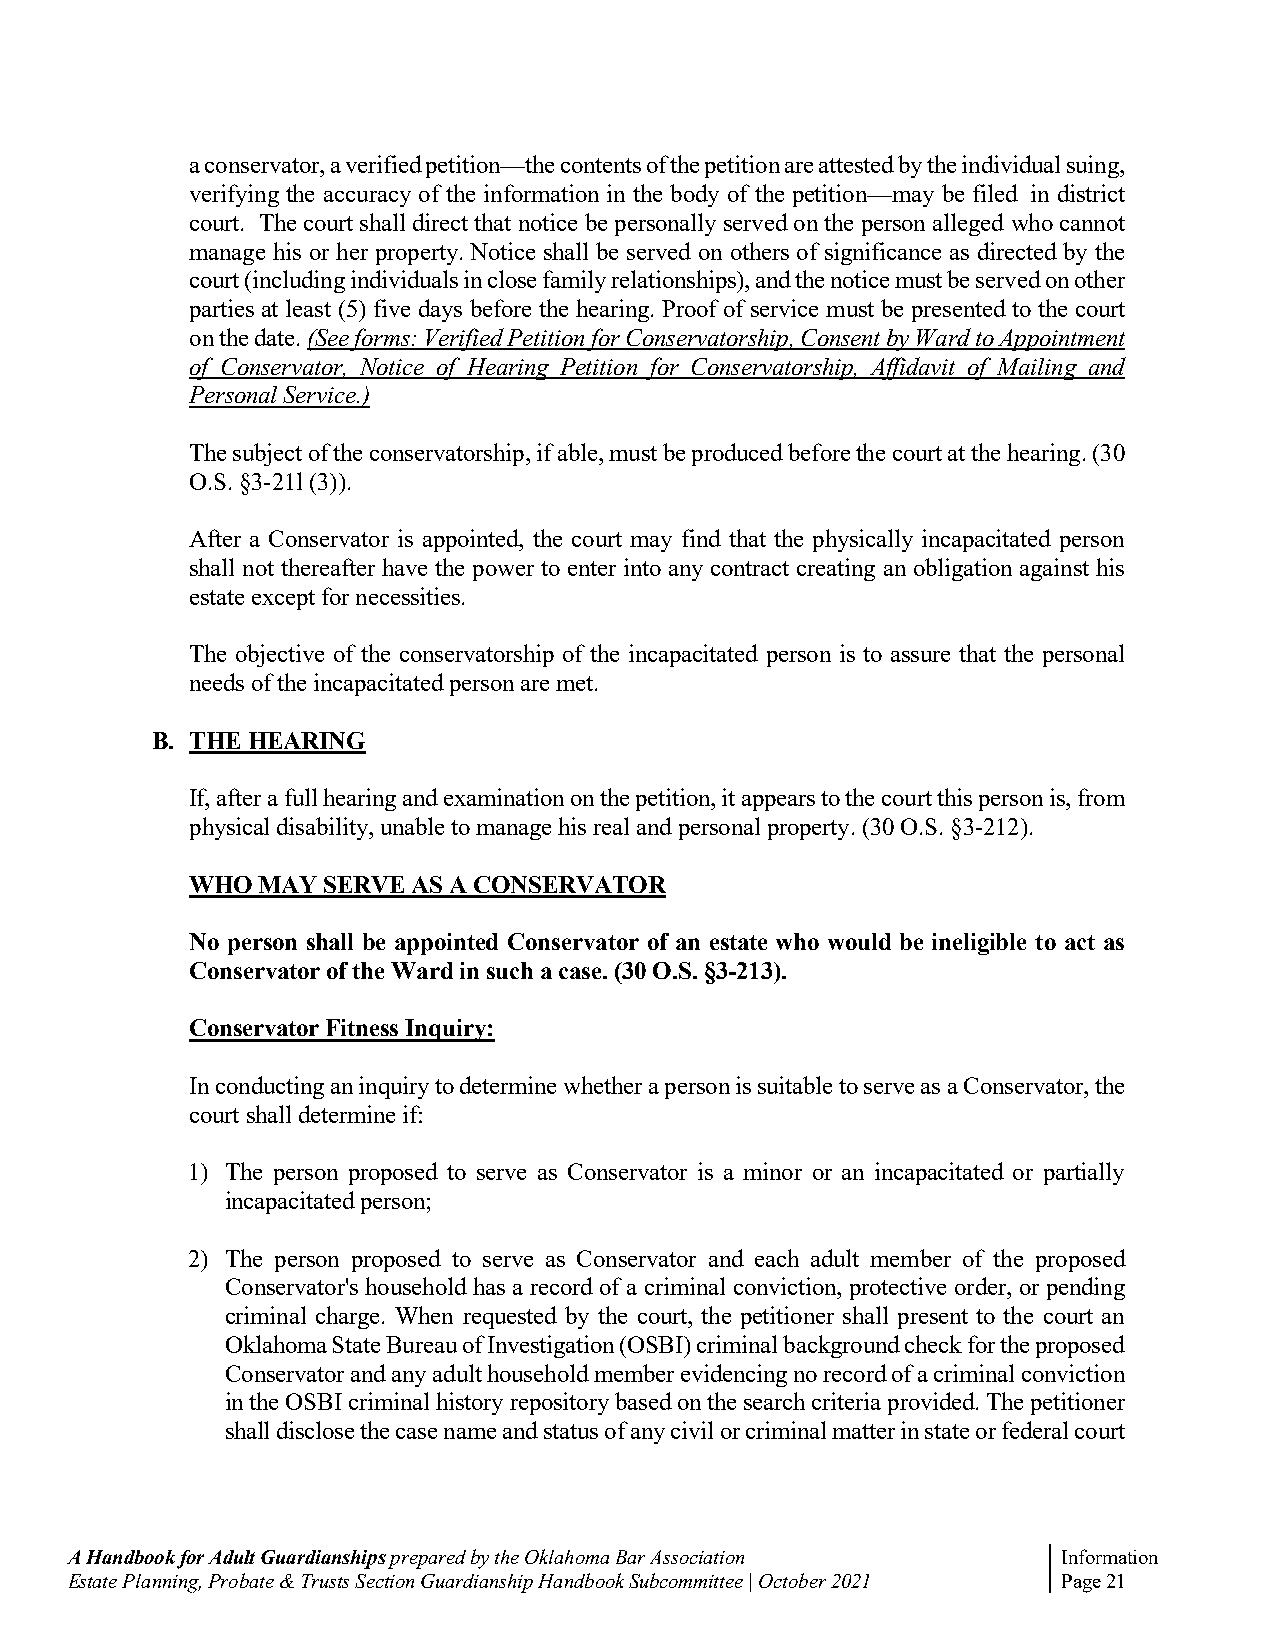
a conservator, a verified petition—the contents of the petition are attested by the individual suing,
 verifying the accuracy of the information in the body of the petition—may be filed in district
 court. The court shall direct that notice be personally served on the person alleged who cannot
 manage his or her property. Notice shall be served on others of significance as directed by the
 court (including individuals in close family relationships), and the notice must be served on other
 parties at least (5) five days before the hearing. Proof of service must be presented to the court
 on the date. (See forms: Verified Petition for Conservatorship, Consent by Ward to Appointment
 of Conservator, Notice of Hearing Petition for Conservatorship, Affidavit of Mailing and
 Personal Service.)
 The subject of the conservatorship, if able, must be produced before the court at the hearing. (30
 O.S. §3-21l (3)).
 After a Conservator is appointed, the court may find that the physically incapacitated person
 shall not thereafter have the power to enter into any contract creating an obligation against his
 estate except for necessities.
 The objective of the conservatorship of the incapacitated person is to assure that the personal
 needs of the incapacitated person are met.
 B. THE HEARING
 If, after a full hearing and examination on the petition, it appears to the court this person is, from
 physical disability, unable to manage his real and personal property. (30 O.S. §3-212).
 WHO MAY SERVE AS A CONSERVATOR
 No person shall be appointed Conservator of an estate who would be ineligible to act as
 Conservator of the Ward in such a case. (30 O.S. §3-213).
 Conservator Fitness Inquiry:
 In conducting an inquiry to determine whether a person is suitable to serve as a Conservator, the
 court shall determine if:
 1) The person proposed to serve as Conservator is a minor or an incapacitated or partially
 incapacitated person;
 2) The person proposed to serve as Conservator and each adult member of the proposed
 Conservator's household has a record of a criminal conviction, protective order, or pending
 criminal charge. When requested by the court, the petitioner shall present to the court an
 Oklahoma State Bureau of Investigation (OSBI) criminal background check for the proposed
 Conservator and any adult household member evidencing no record of a criminal conviction
 in the OSBI criminal history repository based on the search criteria provided. The petitioner
 shall disclose the case name and status of any civil or criminal matter in state or federal court
 A Handbook for Adult Guardianships prepared by the Oklahoma Bar Association Information
 Estate Planning, Probate & Trusts Section Guardianship Handbook Subcommittee | October 2021 Page 21